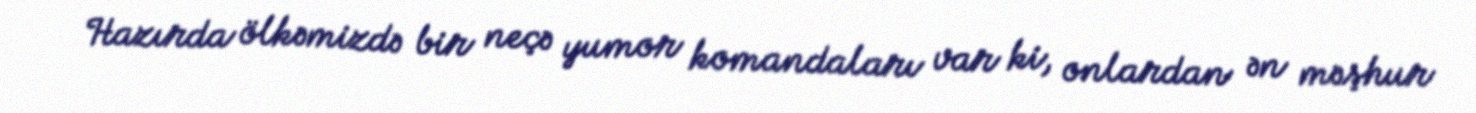
Hazırda ölkəmizdə bir neçə yumor komandaları var ki, onlardan ən məşhur